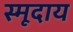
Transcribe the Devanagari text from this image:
स्मूदाय